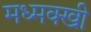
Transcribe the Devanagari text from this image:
मध्मक्खी